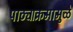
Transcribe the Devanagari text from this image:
पाठ्याक्रमामुळे